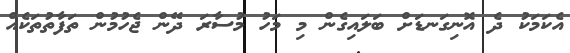
އެކަމަކު ދެ އޮނިގަނޑަށް ބަލައިގެން މި މަހު މުސާރަ ދޭން ޖެހުމުން ތަފާތުތަކެއް